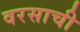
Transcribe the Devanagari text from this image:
वरसाची